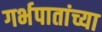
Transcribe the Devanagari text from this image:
गर्भपातांच्या